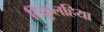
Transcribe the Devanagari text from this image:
टिकुलहिया